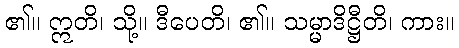
၏။ ဣတိ၊ သို့။ ဒီပေတိ၊ ၏။ သမ္မာဒိဋ္ဌီတိ၊ ကား။